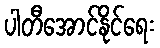
ပါတီအောင်နိုင်ရေး